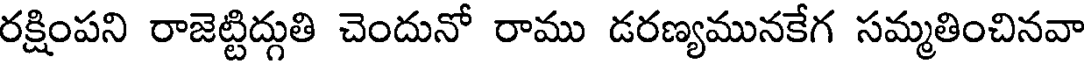
రక్షింపని రాజెట్టిద్గుతి చెందునో రాము డరణ్యమునకేగ సమ్మతించినవా